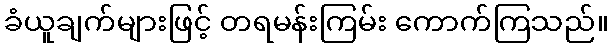
ခံယူချက်များဖြင့် တရမန်းကြမ်း ကောက်ကြသည်။